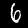
Digit: 6